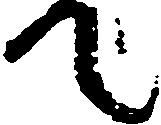
て